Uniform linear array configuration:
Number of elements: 12
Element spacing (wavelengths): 0.5
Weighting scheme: hann
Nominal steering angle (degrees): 0
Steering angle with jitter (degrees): -1.944
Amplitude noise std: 0.05
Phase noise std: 0.05

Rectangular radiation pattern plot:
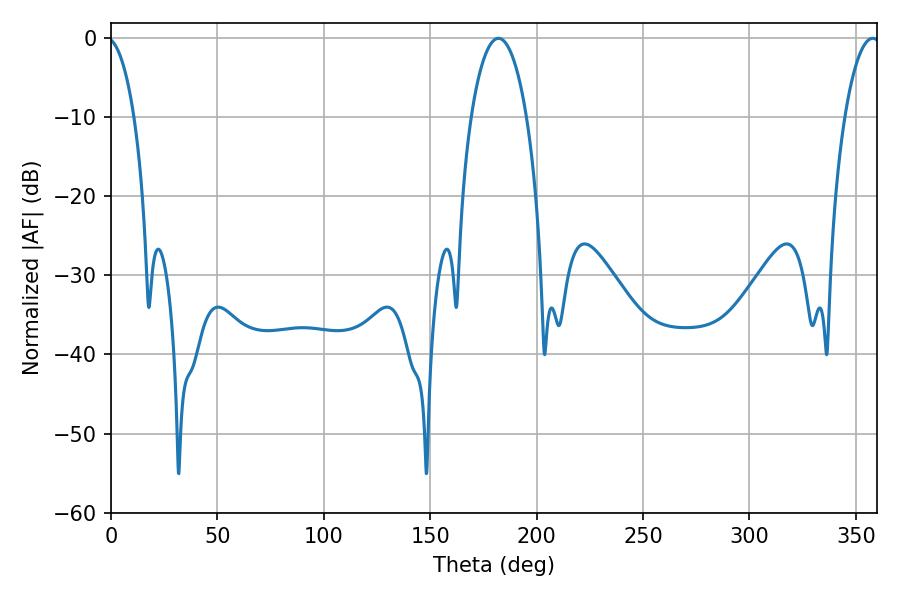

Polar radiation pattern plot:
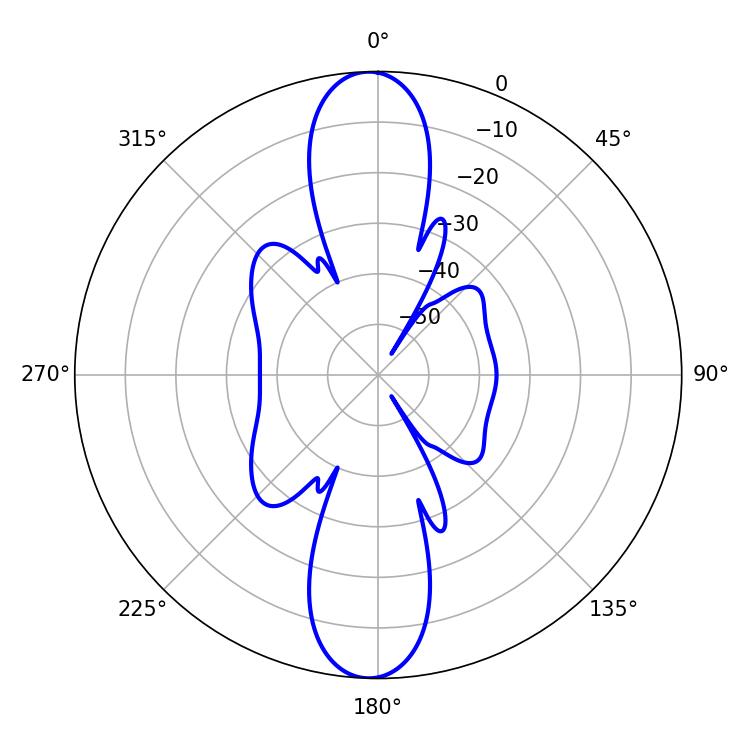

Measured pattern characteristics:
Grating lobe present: FALSE
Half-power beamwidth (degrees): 14.58
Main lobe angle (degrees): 181.98